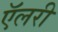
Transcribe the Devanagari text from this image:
ऍलरी